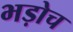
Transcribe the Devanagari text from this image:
भड़ोच